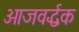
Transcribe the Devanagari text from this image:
ओजवर्द्धक